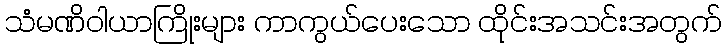
သံမဏိဝါယာကြိုးများ ကာကွယ်ပေးသော ထိုင်းအသင်းအတွက်